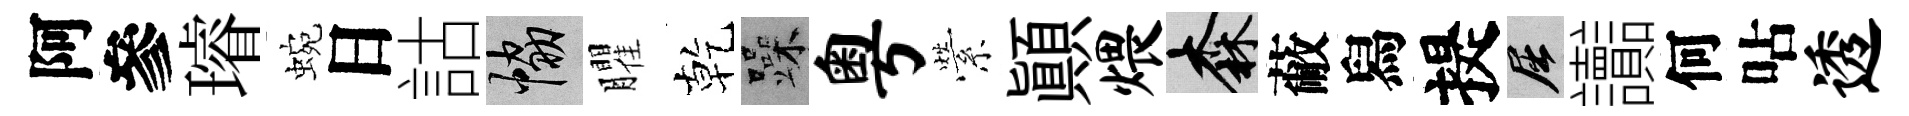
阿參璿蜿日詁協臞乾躁粤縈顚煨森蔽舄提屈讟何呫透